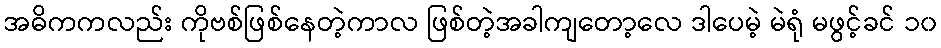
အဓိကကလည်း ကိုဗစ်ဖြစ်နေတဲ့ကာလ ဖြစ်တဲ့အခါကျတော့လေ ဒါပေမဲ့ မဲရုံ မဖွင့်ခင် ၁၀